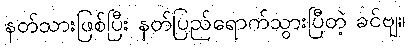
နတ်သားဖြစ်ပြီး နတ်ပြည်ရောက်သွားပြီတဲ့ ခင်ဗျ။